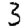
Digit: 3